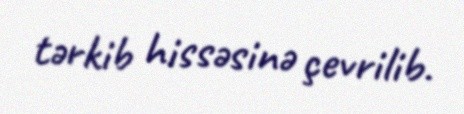
tərkib hissəsinə çevrilib.